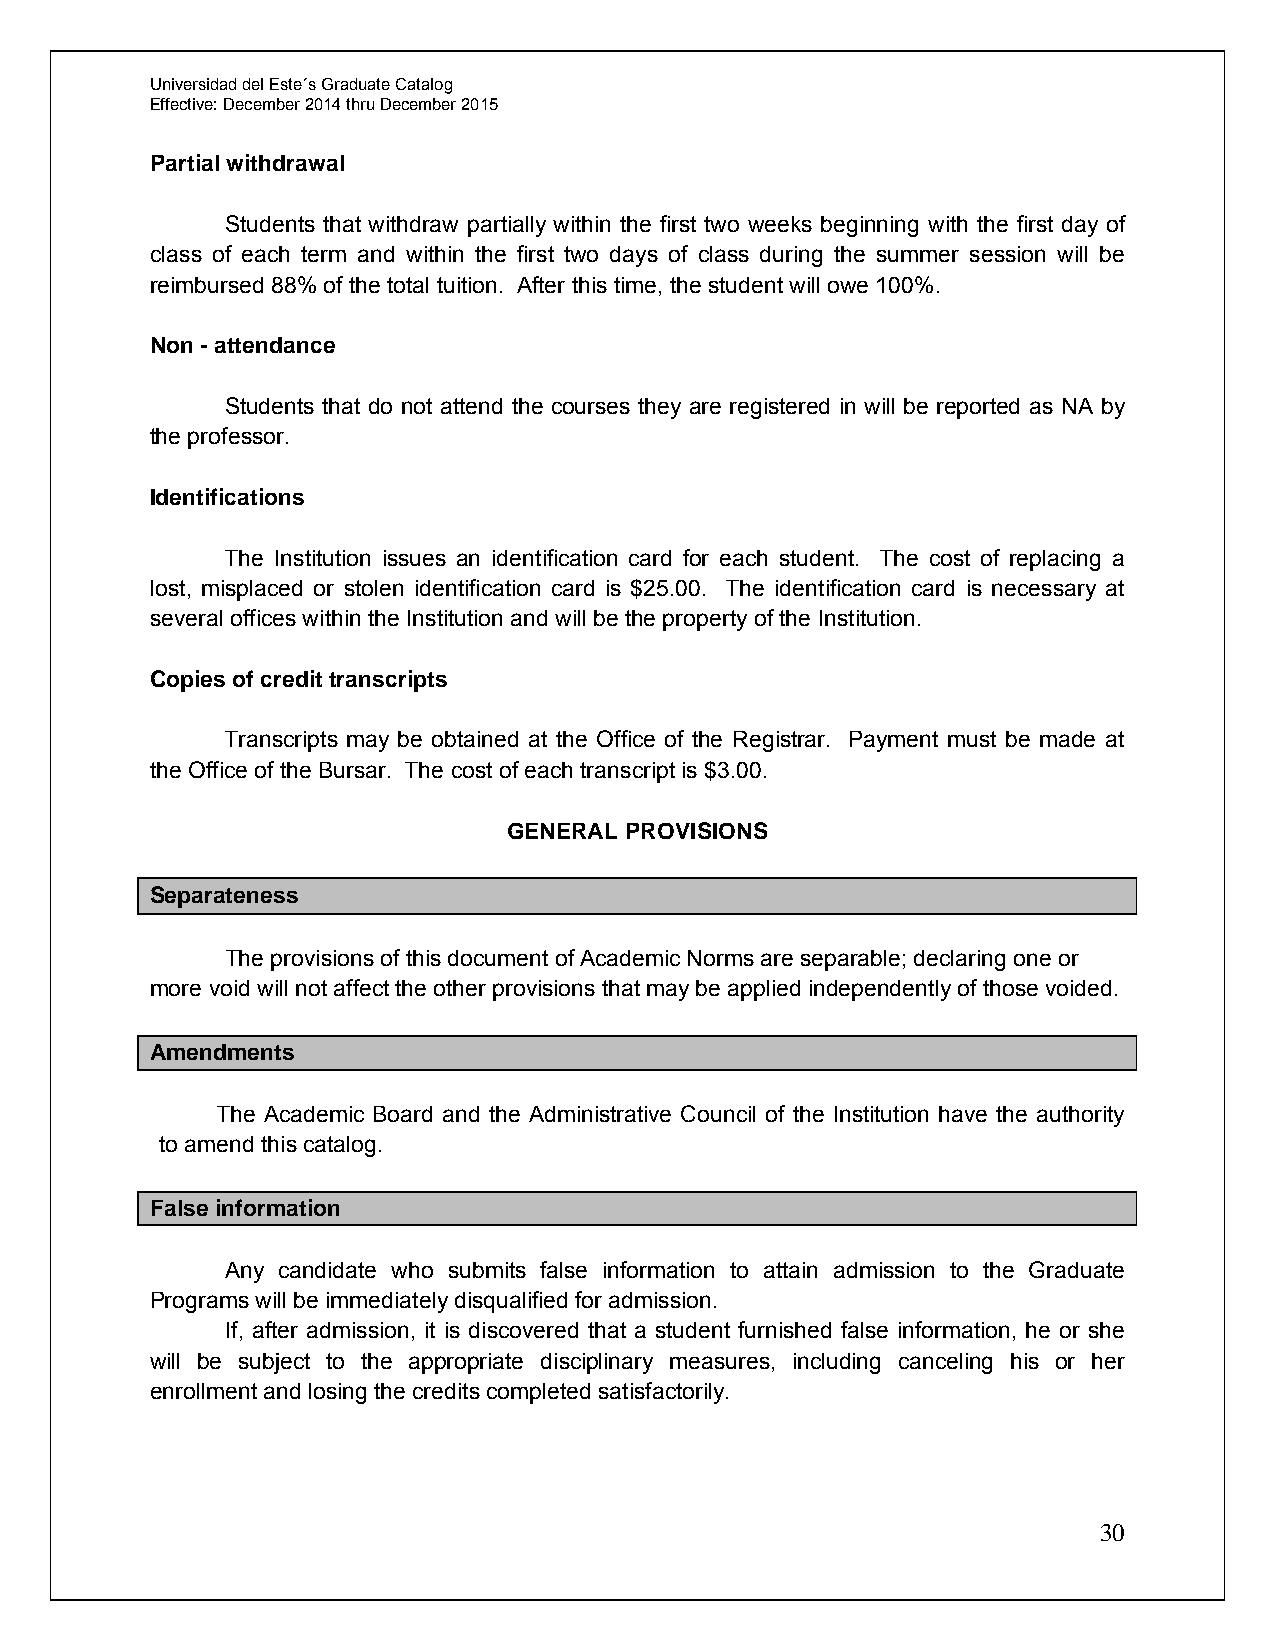
Universidad del Este´s Graduate Catalog
 Effective: December 2014 thru December 2015
 Partial withdrawal
 Students that withdraw partially within the first two weeks beginning with the first day of
 class of each term and within the first two days of class during the summer session will be
 reimbursed 88% of the total tuition. After this time, the student will owe 100%.
 Non - attendance
 Students that do not attend the courses they are registered in will be reported as NA by
 the professor.
 Identifications
 The Institution issues an identification card for each student. The cost of replacing a
 lost, misplaced or stolen identification card is $25.00. The identification card is necessary at
 several offices within the Institution and will be the property of the Institution.
 Copies of credit transcripts
 Transcripts may be obtained at the Office of the Registrar. Payment must be made at
 the Office of the Bursar. The cost of each transcript is $3.00.
 GENERAL PROVISIONS
 Separateness
 The provisions of this document of Academic Norms are separable; declaring one or
 more void will not affect the other provisions that may be applied independently of those voided.
 Amendments
 The Academic Board and the Administrative Council of the Institution have the authority
 to amend this catalog.
 False information
 Any candidate who submits false information to attain admission to the Graduate
 Programs will be immediately disqualified for admission.
 If, after admission, it is discovered that a student furnished false information, he or she
 will be subject to the appropriate disciplinary measures, including canceling his or her
 enrollment and losing the credits completed satisfactorily.
 30